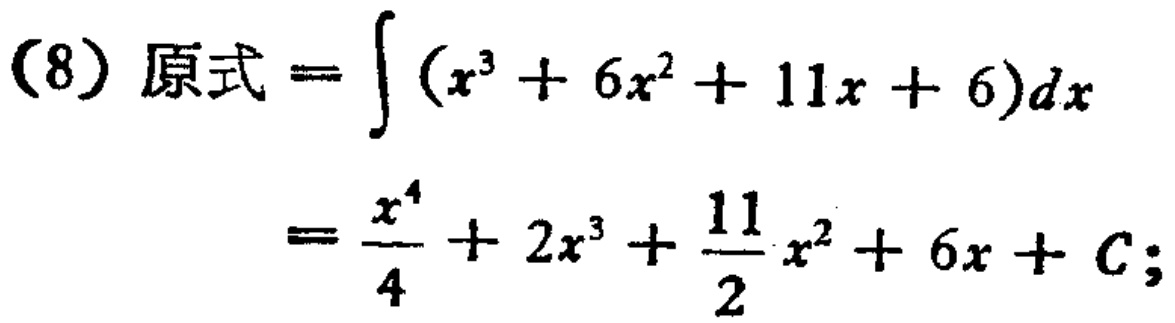
(8) 原式 \(=\int (x^{3}+6x^{2}+11x + 6)dx\)
\(=\frac{x^{4}}{4}+2x^{3}+\frac{11}{2}x^{2}+6x + C;\)